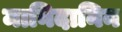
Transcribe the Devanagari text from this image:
मानिदानिन